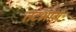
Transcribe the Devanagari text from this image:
तटभाग